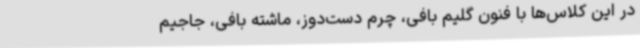
در این کلاس‌ها با فنون گلیم‌ بافی، چرم دست‌دوز، ماشته بافی، جاجیم